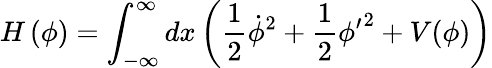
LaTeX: H\left(\phi\right)=\int_{-\infty}^{\infty}dx\left(\frac{1}{2}\dot{\phi}^{2}+\frac{1}{2}{\phi^{\prime}}^{2}+V(\phi)\right)